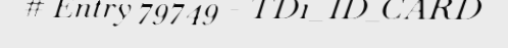
# Entry 79749 - TD1_ID_CARD